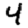
Digit: 4